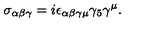
\sigma _ { \alpha \beta \gamma } = i \epsilon _ { \alpha \beta \gamma \mu } \gamma _ { 5 } \gamma ^ { \mu } .